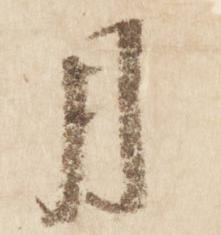
月